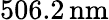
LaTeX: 506.2\, \textrm{nm}